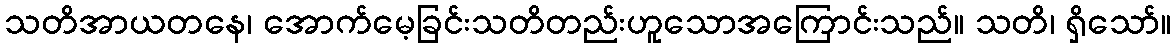
သတိအာယတနေ၊ အောက်မေ့ခြင်းသတိတည်းဟူသောအကြောင်းသည်။ သတိ၊ ရှိသော်။